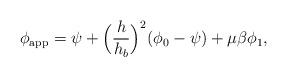
LaTeX: \begin{align*} \phi_{\mathrm{app}} = \psi + \Big{(} \frac{h}{h_b}\Big{)}^2 (\phi_0 - \psi) + \mu \beta \phi_1, \end{align*}